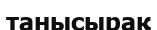
танысырақ